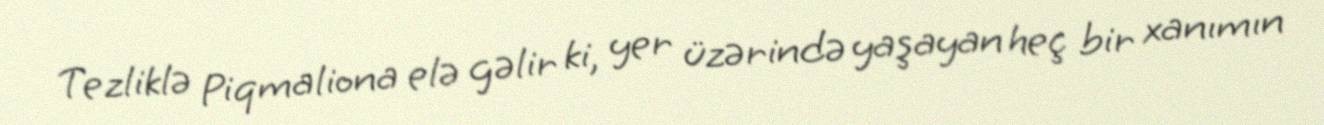
Tezliklə Piqmaliona elə gəlir ki, yer üzərində yaşayan heç bir xanımın